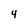
Character: 4